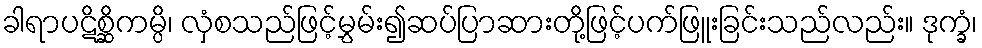
ခါရာပဋိစ္ဆိကမ္ပိ၊ လှံစသည်ဖြင့်မွှမ်း၍ဆပ်ပြာဆားတို့ဖြင့်ပက်ဖြူးခြင်းသည်လည်း။ ဒုက္ခံ၊